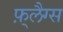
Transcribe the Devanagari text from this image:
फ़्लैग्स